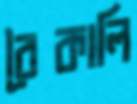
বৈকালি